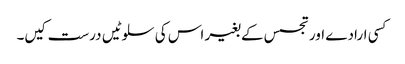
کسی ارادے اور تجسس کے بغیر اس کی سلوٹیں درست کیں۔